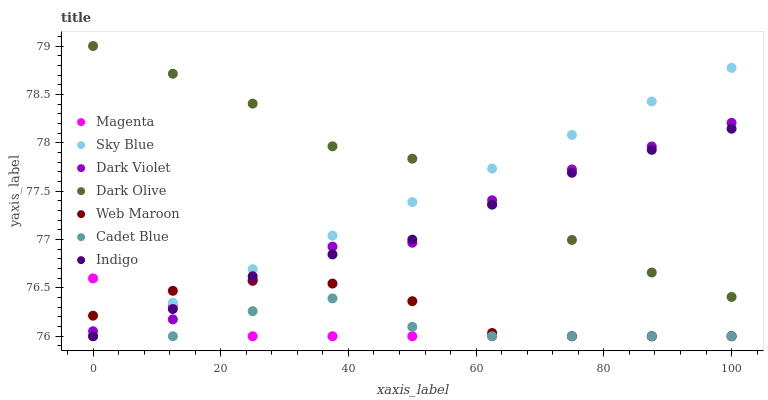
| xaxis_label | Magenta | Sky Blue | Dark Violet | Dark Olive | Web Maroon | Cadet Blue | Indigo |
 | --- | --- | --- | --- | --- | --- | --- | --- |
 | 0 | 76.6 | 76 | 76.1 | 79 | 76.2 | 76 | 76 |
 | 12.5 | 76.3 | 76.3 | 76.2 | 78.7 | 76.5 | 76 | 76.3 |
 | 25 | 76 | 76.7 | 76.6 | 78.4 | 76.6 | 76.3 | 76.6 |
 | 37.5 | 76 | 77 | 76.9 | 78 | 76.5 | 76.4 | 76.8 |
 | 50 | 76 | 77.4 | 77 | 77.8 | 76.4 | 76.1 | 77 |
 | 62.5 | 76 | 77.7 | 77.4 | 77.4 | 76 | 76 | 77.4 |
 | 75 | 76 | 78.1 | 77.7 | 77 | 76 | 76 | 77.7 |
 | 87.5 | 76 | 78.4 | 78 | 76.7 | 76 | 76 | 77.9 |
 | 100 | 76 | 78.8 | 78.2 | 76.4 | 76 | 76 | 78.1 |